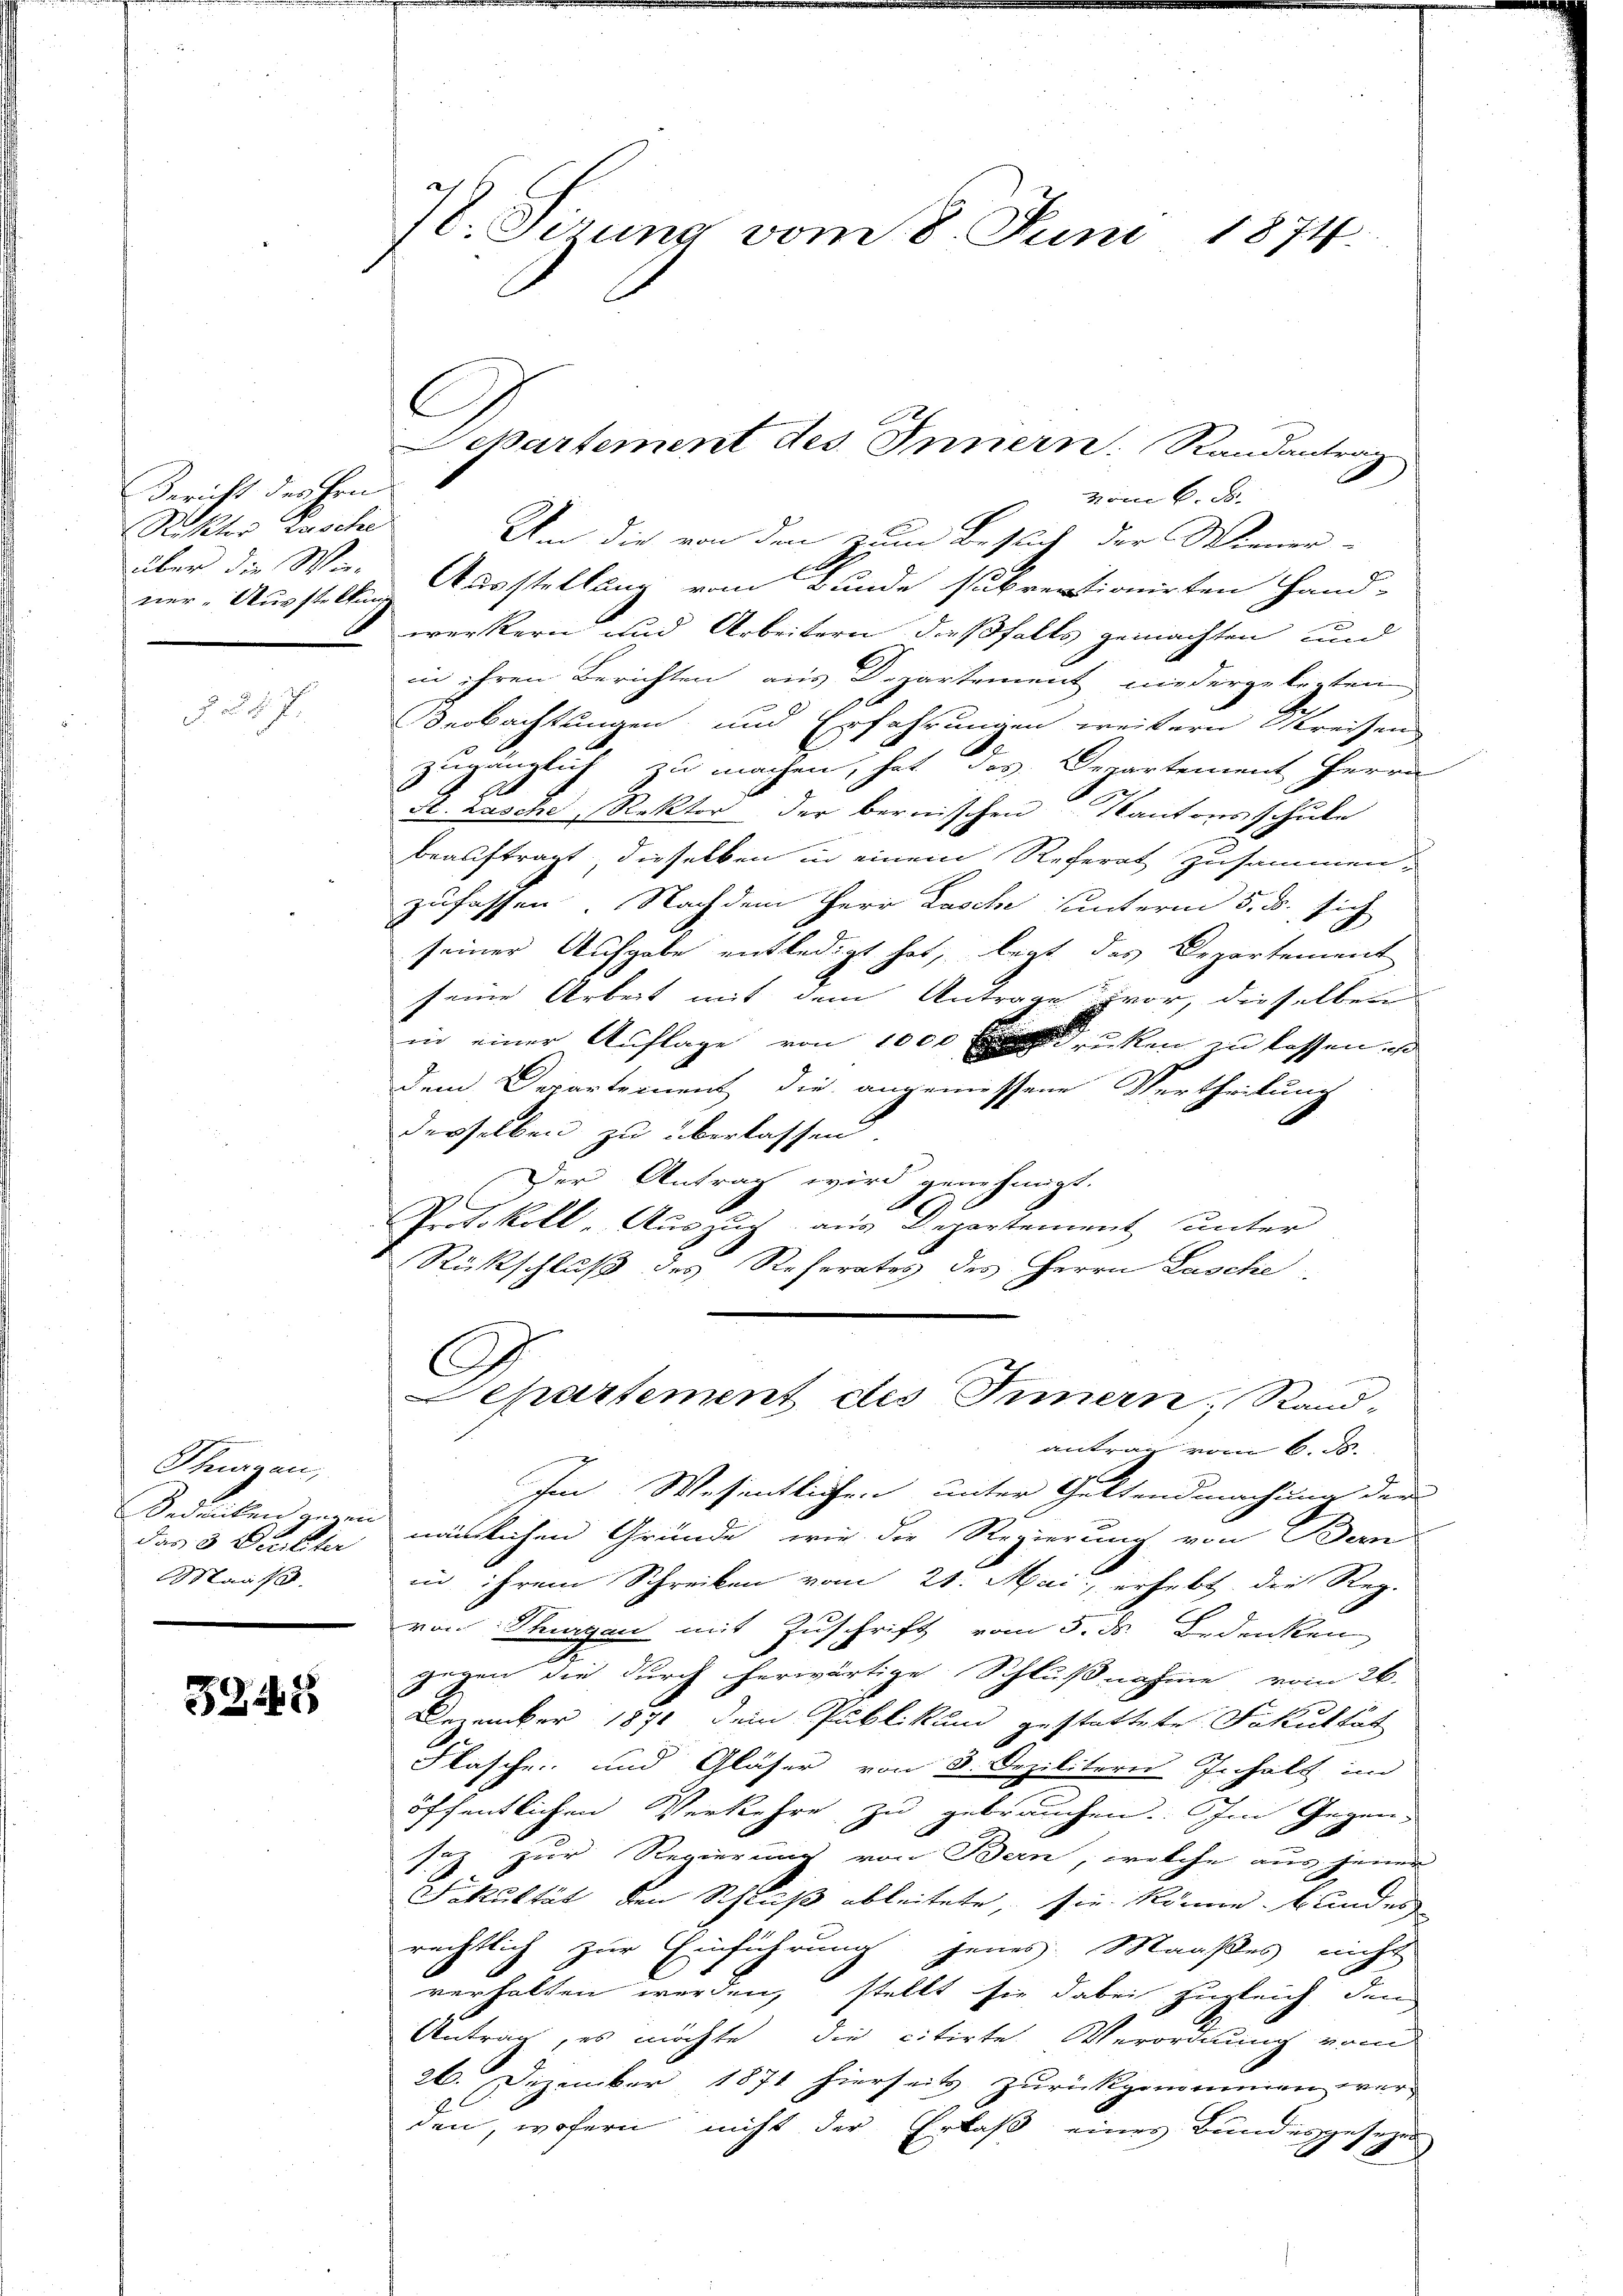
Bericht der Hrn.
Rektor Zusche
über die Win-
ner-Ausstellung

a

Thurgau,
Oedenken gegen
das 3 Dritter
Maaß.

3345

7. Sirung vom 8. Juni 1874.

vom 6. d.
Um die von den zum Besslich der Wiener-
Ausstellung vom Bunde subventionirten Hand-
werkern und Arbeitern dießfalls gemachten und
in ihren Berichten aus Departement niedergelegten
Deobachtungen und Erfahrungen weitern Kreisen
.
zugänglich zu machen, hat das Departement Herrn
x
St. rasche, Rektor der bernischen Kantons schule
beauftragt, dieselben in einem Referat zusammen-
zufassen. Nachdem Herr Lasche unterm 5. ds. sich
seiner Aufgabe entledigt hat, legt das Departement
seine Arbeit mit dem Antrage vor, dieselben
in einer Auflage von 1000 rücken zu lassen, d
Dem Departement die angemessene Vertheilung
derselben zu überlassen.
Der Antrag wird genehmigt.
Protokoll - Auszug aus Departement unter
Rückschluß des Referates des Herrn Lasche
Departement des Innern, Rand-
antrag vom 6. d.
Im Wesentlichen unter Geltendmachung der
nämlichen Gründe, wie die Regierung von Bern
in ihrem Schreiben vom 21. Mai, erhebt, die Reg.
von Thurgau mit Zuschrift vom 5. ds. Bedenken
gegen die durch herwärtige Schlußnahme vom 26.
Dezember 1871 dem Publikum gestattete Fakultät
Flasche und Gläser von 3. Dezilitern Inhalt im
öffentlichen Verkehre zu gebrauchen. Im Gegen-
sez zur Regierung von Bern, welche aus jener
f
Fakultät den Schluß ableitete, sie könne bunder
rechtlich zur Einführung jenes Maaßes nicht
verhalten werden, stellt sie dabei zugleich den
Antrag, es möchte, die citirte Verordnung vom
26. Dezember 1871 hierseits zurückgenommen werden, wofern nicht der Erlaß eines Bundesgesetze

Departement des Innern. Randantrag